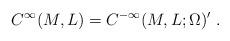
LaTeX: \begin{align*}C^\infty(M,L)=C^{-\infty}(M,L;\Omega)'\;.\end{align*}